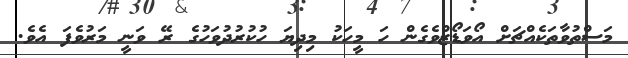
މަސްތުވާތަކެއްޗަށް އޯވަޑޯޒްވެގެން ހަ މީހަކު މިދިޔަ ހުކުރުދުވަހުގެ ރޭ ވަނީ މަރުވެފަ އެވެ.